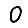
Digit: 0